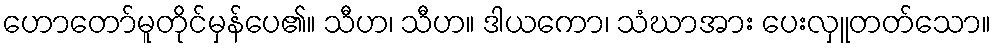
ဟောတော်မူတိုင်မှန်ပေ၏။ သီဟ၊ သီဟ။ ဒါယကော၊ သံဃာအား ပေးလှူတတ်သော။